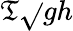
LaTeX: \mathfrak{T}{\sqrt{}{{gh}}}